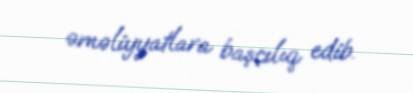
əməliyyatlara başçılıq edib.